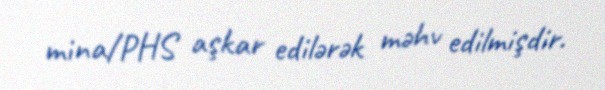
mina/PHS aşkar edilərək məhv edilmişdir.